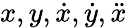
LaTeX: x,y,\dot{x},\dot{y},\ddot{x}